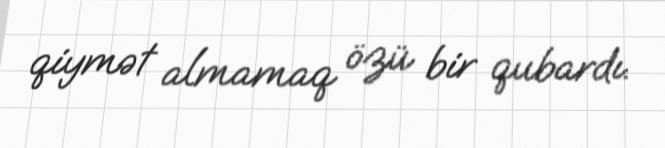
qiymət almamaq özü bir qubardı.